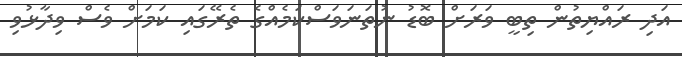
އަދި ރައްޔިތުން ތިބީ ވަރަށް ބޮޑު ނުތަނަވަސްކަމެއްގެ ތެރޭގައި ކަމަށް ވެސް ވިދާޅުވި